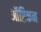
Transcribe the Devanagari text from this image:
ऑप्टिकन